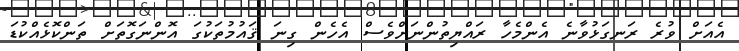
އެއަށް ވުރެ ރަނގަޅުވާނެ އެންމެހާ ރައްޔިތުންނަށްވެސް އެހެން ގިނަ ޤައުމުތަކުގަ އޮންނަގޮތަށް ތަންކޮޅެއްކުޑަ